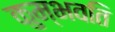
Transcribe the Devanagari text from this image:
कुम्भवति